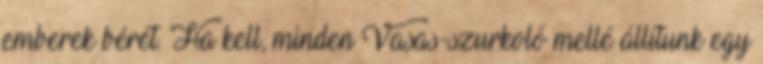
emberek bérét. Ha kell, minden Vasas-szurkoló mellé állítunk egy